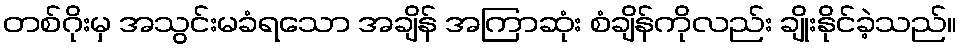
တစ်ဂိုးမှ အသွင်းမခံရသော အချိန် အကြာဆုံး စံချိန်ကိုလည်း ချိုးနိုင်ခဲ့သည်။